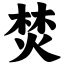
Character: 焚